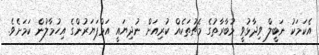
އެކަމަކު ނަބީލް ވިދާޅުވީ މުބާރާތުގެ މެޗުތަކެއް ކުރިއަށް ނުދިޔައީ އަމްޕަޔަރުންގެ އިހުމާލުން ކަމަށެވެ.